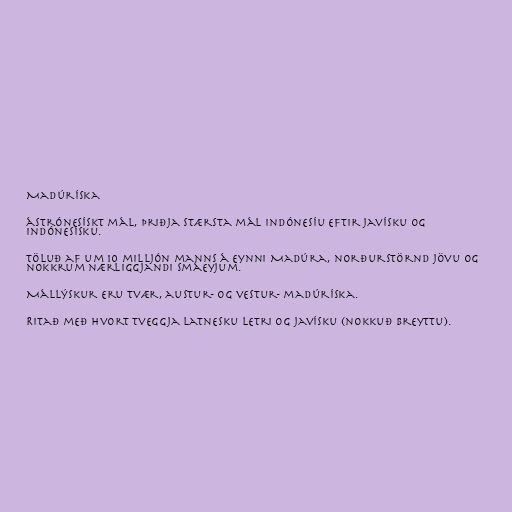
Madúríska

ástrónesískt mál, þriðja stærsta mál Indónesíu eftir javísku og
indónesísku.

Töluð af um 10 milljón manns á eynni Madúra, norðurstörnd Jövu og
nokkrum nærliggjandi smáeyjum.

Mállýskur eru tvær, austur- og vestur- madúríska.

Ritað með hvort tveggja latnesku letri og javísku (nokkuð breyttu).